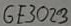
Text: GE3023